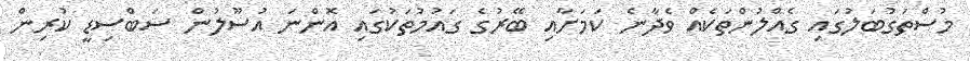
މުސްތަގުބަލުގައި ގެއްލުންތަކެއް ވެދާނެ ކަމަށާއި ބޭރުގެ ގައުމުތަކުގައި އޮންނަ އުސޫލުން ސަބްސިޑީ ކުރިން